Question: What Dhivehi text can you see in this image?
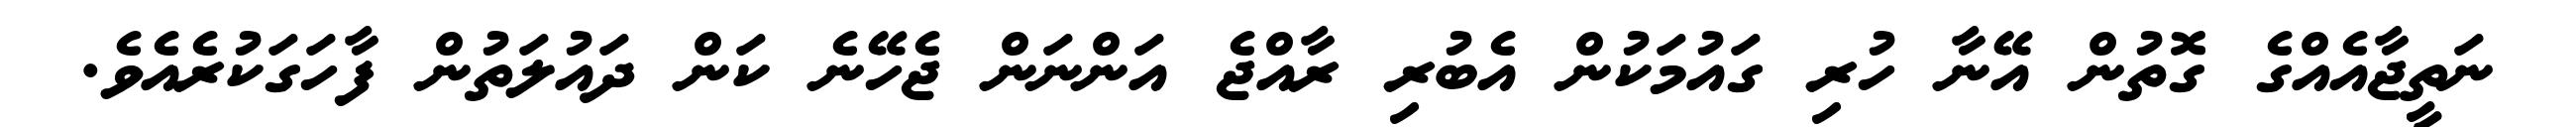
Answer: ނަތީޖާއެއްގެ ގޮތުން އޭނާ ހުރި ގައުމަކުން އެބުރި ރާއްޖެ އަންނަން ޖެހޭނެ ކަން ދައުލަތުން ފާހަގަކުރެއެވެ.